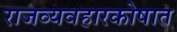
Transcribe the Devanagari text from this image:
राजव्यवहारकोषात